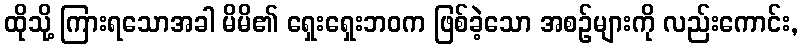
ထိုသို့ ကြားရသောအခါ မိမိ၏ ရှေးရှေးဘဝက ဖြစ်ခဲ့သော အစဉ်များကို လည်းကောင်း,